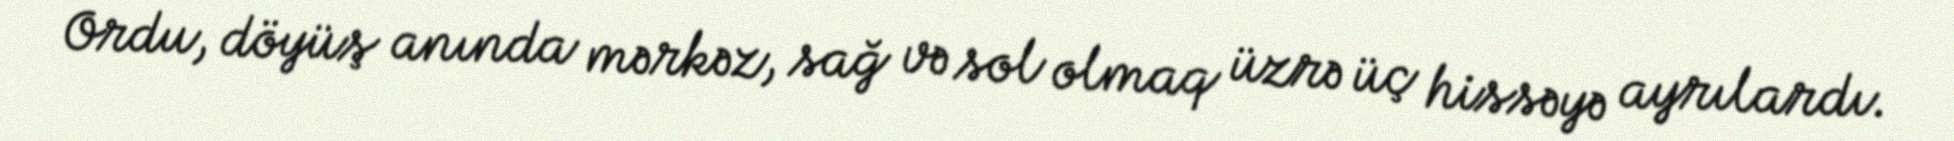
Ordu, döyüş anında mərkəz, sağ və sol olmaq üzrə üç hissəyə ayrılardı.